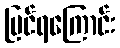
မြင်ရကြောင်း